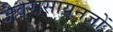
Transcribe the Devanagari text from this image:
जैवरासायनज्ञों